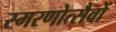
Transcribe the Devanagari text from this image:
स्मरणोत्सैवों